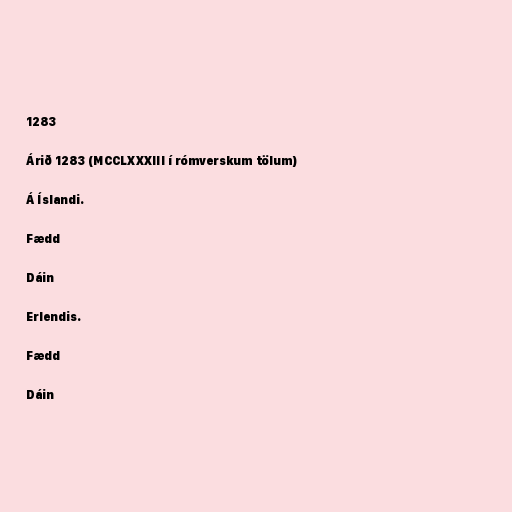
1283

Árið 1283 (MCCLXXXIII í rómverskum tölum)

Á Íslandi.

Fædd

Dáin

Erlendis.

Fædd

Dáin